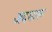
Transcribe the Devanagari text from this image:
अदमारू